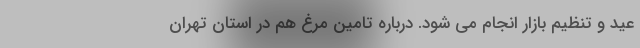
عید و تنظیم بازار انجام می شود. درباره تامین مرغ هم در استان تهران